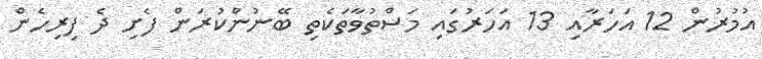
އުމުރުން 12 އަހަރާއި 13 އަހަރުގައި މަސްތުވާތަކެތި ބޭނުންކުރަން ފެށި ދެ ފިރިހެން